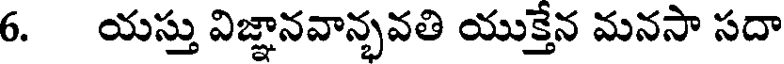
6. యస్తు విజ్ఞానవాన్భవతి యుక్తేన మనసా సదా